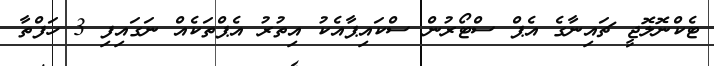
ޓެކްނޮލޮޖީ ޗައިނާގެ އެޕް ސްޓޯރުން ސްކައިޕާއެކު އިތުރު އެޕްތަކެއް ނަގައިފި 3 ހަފްތާ